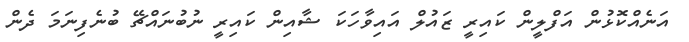
އަނެއްކޮޅުން އަފްލީން ކައިރީ ޒައުލް އައިވާހަކަ ޝާއިން ކައިރީ ނުބުނައްޗޭ ބުނެފިނަމަ ދެން